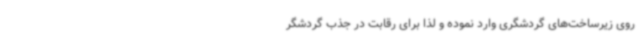
روی زیرساخت‌های گردشگری وارد نموده و لذا برای رقابت در جذب گردشگر